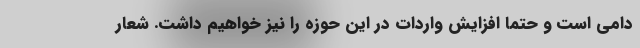
دامی است و حتما افزایش واردات در این حوزه را نیز خواهیم داشت. شعار